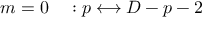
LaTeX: m = 0 \quad : p \longleftrightarrow D - p - 2